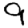
Digit: 9